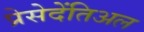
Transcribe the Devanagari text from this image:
प्रेसेदेंतिअल